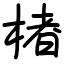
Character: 楮